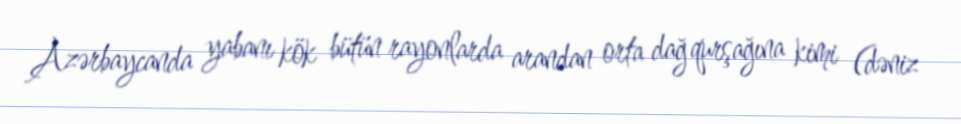
Azərbaycanda yabanı kök bütün rayonlarda arandan orta dağ qurşağına kimi (dəniz